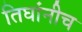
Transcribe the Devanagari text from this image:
तिघांनीच